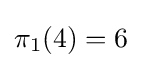
\pi _{1}(4)=6